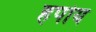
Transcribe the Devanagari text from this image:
हपोय